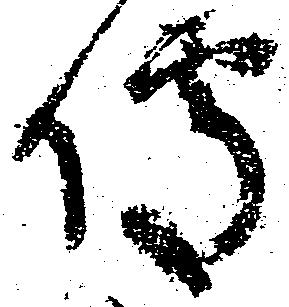
伝